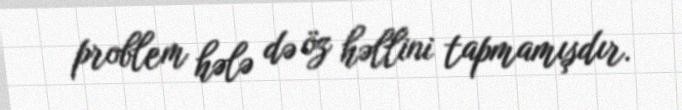
problem hələ də öz həllini tapmamışdır.